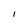
Character: 1